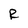
Character: R